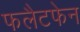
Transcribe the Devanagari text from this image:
फलैटफेन